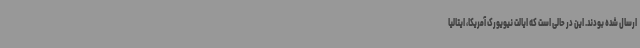
ارسال شده بودند. این در حالی است که ایالت نیویورک آمریکا، ایتالیا